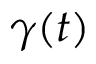
\gamma ( t )